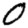
Digit: 0